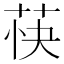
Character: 𬜴